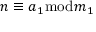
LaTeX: n \equiv a _ { 1 } { \bmod { m } } _ { 1 }